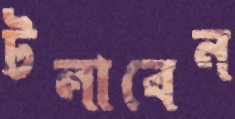
টলাবেন